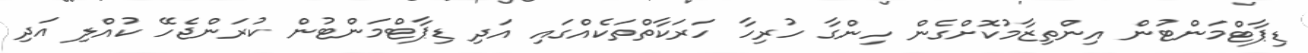
ޑިޕާޓްމަންޓުން އިންތިޒާމުކޮށްގެން ހިންގާ ހުރިހާ ހަރަކާތްތަކެއްގައި އަދި ޑިޕާޓްމަންޓުން ކުރަންޖެހޭ ކުއްލި އަދި